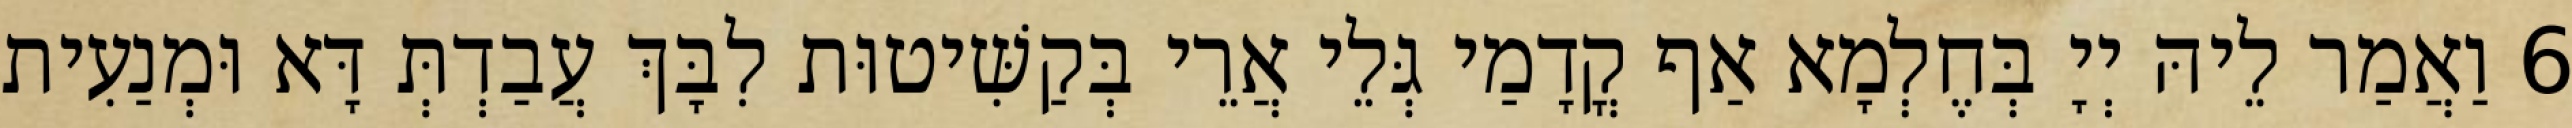
6 וַאֲמַר לֵיהּ יְיָ בְּחֶלְמָא אַף קֳדָמַי גְּלֵי אֲרֵי בְּקַשִּׁיטוּת לִבָּךְ עֲבַדְתְּ דָּא וּמְנַעִית